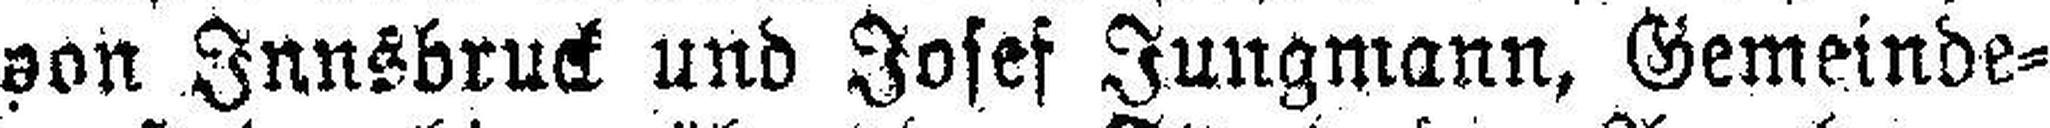
son Innsbruck und Josef Jungmann, Gemeinde¬